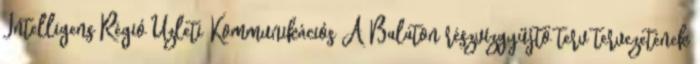
Intelligens Régió Üzleti Kommunikációs A Balaton részvízgyűjtő terv tervezetének